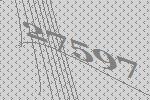
27597